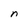
Character: n